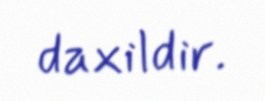
daxildir.